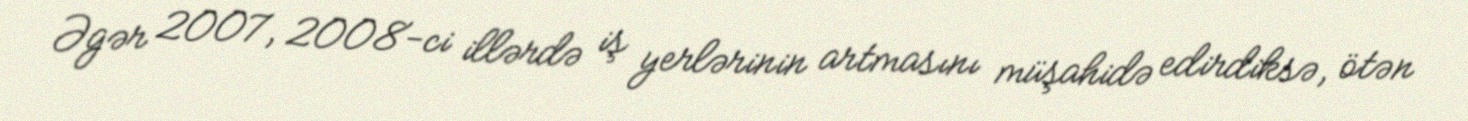
Əgər 2007, 2008-ci illərdə iş yerlərinin artmasını müşahidə edirdiksə, ötən